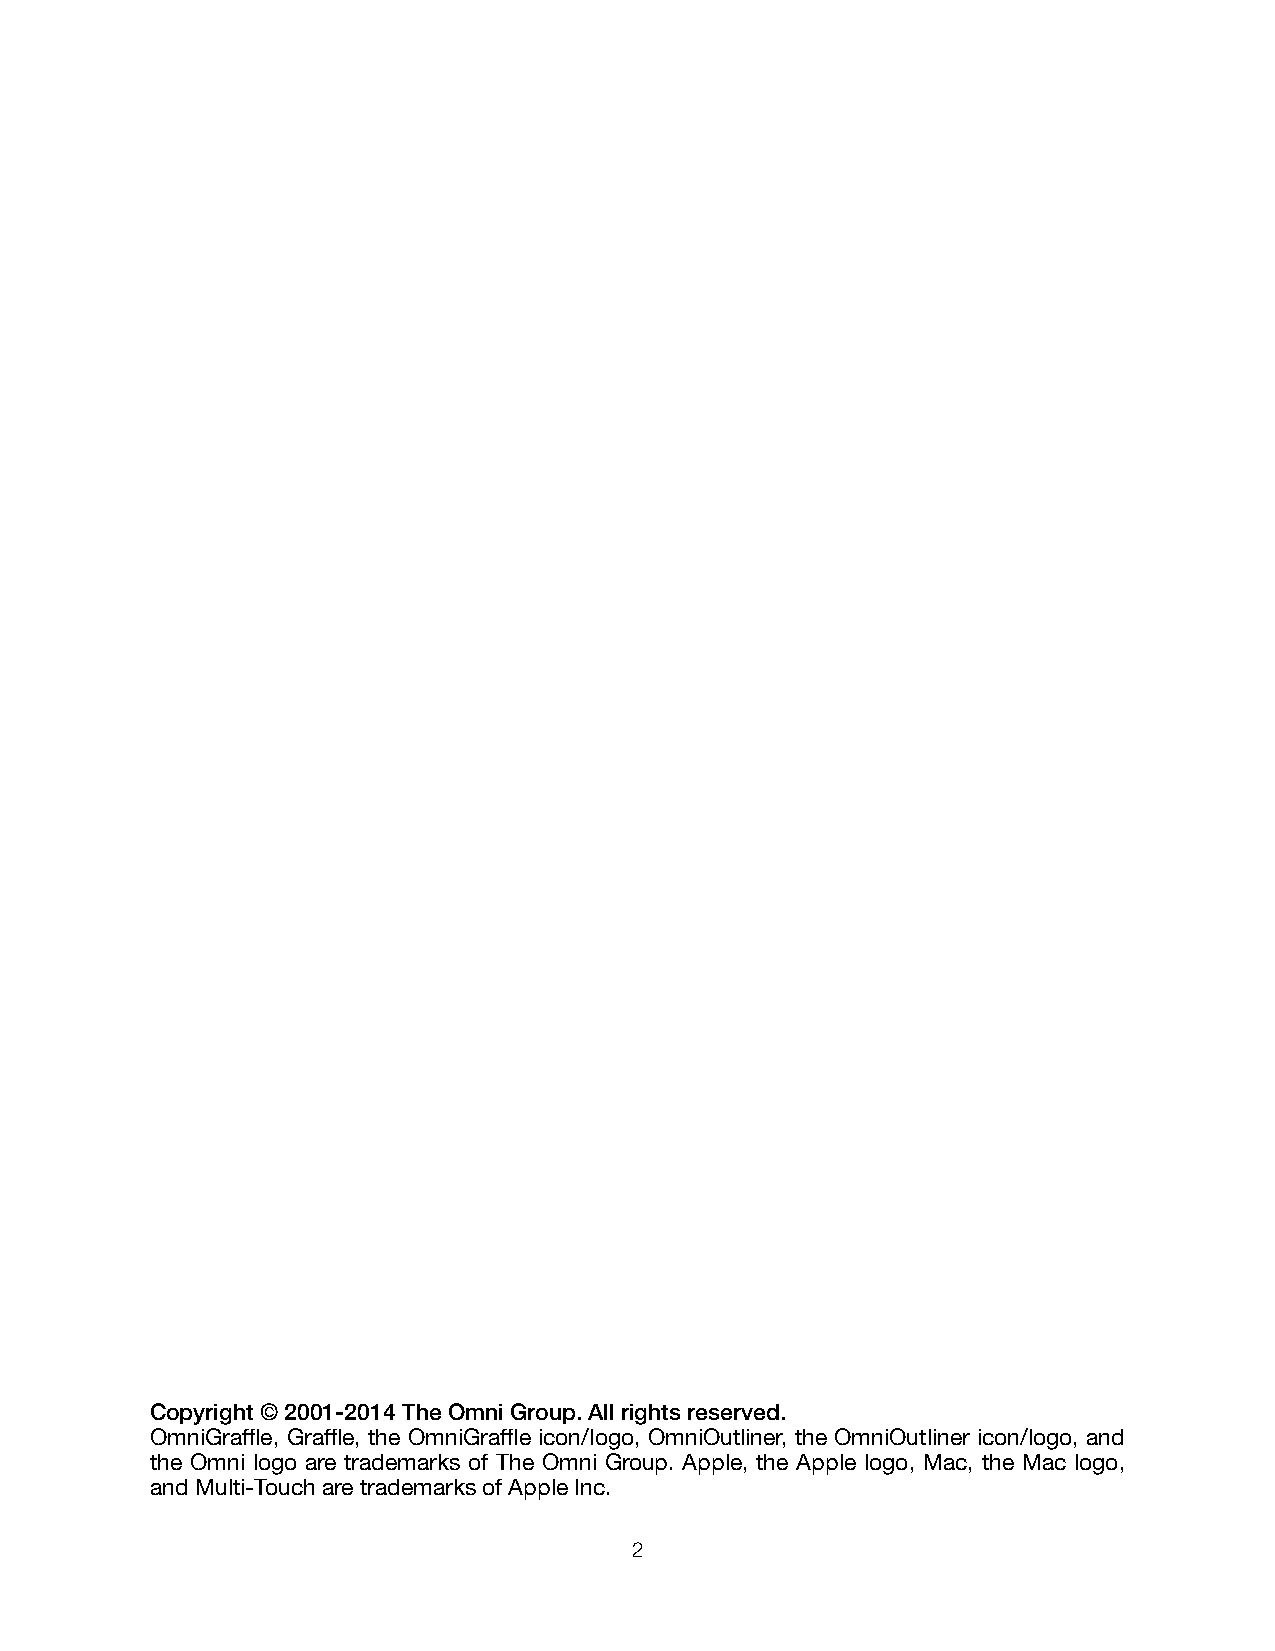
Copyright © 2001-2014 The Omni Group. All rights reserved.
 OmniGraffle, Graffle, the OmniGraffle icon/logo, OmniOutliner, the OmniOutliner icon/logo, and
 the Omni logo are trademarks of The Omni Group. Apple, the Apple logo, Mac, the Mac logo,
 and Multi-Touch are trademarks of Apple Inc.
 2